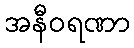
အနီဝရဏာ